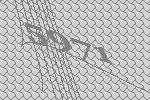
5971